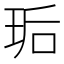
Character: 㻈